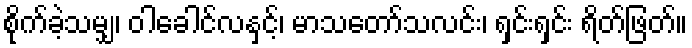
စိုက်ခဲ့သမျှ၊ ဝါခေါင်လနှင့်၊ မာသတော်သလင်း၊ ရှင်းရှင်း ရိတ်ဖြတ်။